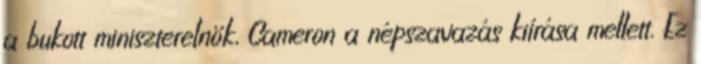
a bukott miniszterelnök, Cameron a népszavazás kiírása mellett. Ez